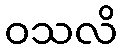
ဝသလိ